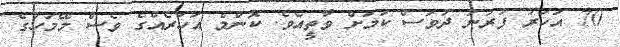
70 އަހަރު ފުރުނު ދުވަސް ކަމަށް ވާތީއެވެ. ކޮންމެ އަހަރެއްގެ ވެސް މޭމަހުގެ